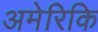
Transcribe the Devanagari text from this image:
अमेरिकि